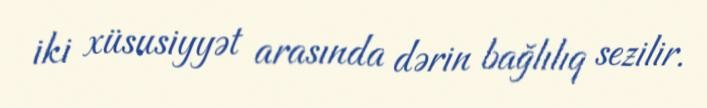
iki xüsusiyyət arasında dərin bağlılıq sezilir.